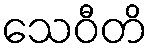
သေဝီတိ